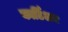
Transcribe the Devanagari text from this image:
कार्टिअर